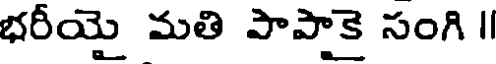
భరీయై మతి పాపాకై సంగి